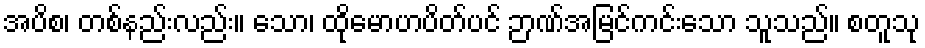
အပိစ၊ တစ်နည်းလည်း။ သော၊ ထိုမောဟပိတ်ပင် ဉာဏ်အမြင်ကင်းသော သူသည်။ စတူသု